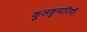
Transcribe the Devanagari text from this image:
कुलकुमारियों